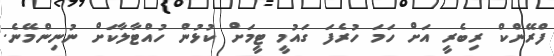
ފްރޭންކް ރިބެރީ އަށް ހަމަ ހުރެފަ ގައުމީ ޓީމަށް ކުޅުން ހުއްޓާލާކަށް ނުނިންމޭނެ.